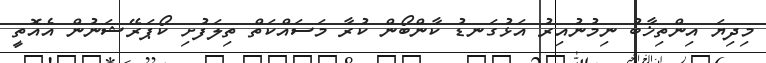
މިދިޔަ އިންތިޚާބު ނިމުނުއިރު އަޅުގަނޑު ކާންބޯން ކުރާ މަސައްކަތް ތިލަފުށި ކޯޕަރޭޝަނުން އެއޮތީ